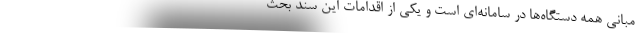
مبانی همه دستگاه‌ها در سامانه‌ای است و یکی از اقدامات این سند بحث